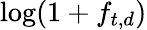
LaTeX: \log(1+f_{t,d})